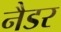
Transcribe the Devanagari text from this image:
नैडर